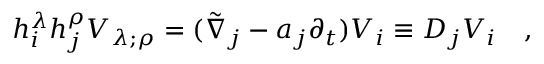
h _ { i } ^ { \lambda } h _ { j } ^ { \rho } V _ { \lambda ; \rho } = ( \tilde { \nabla } _ { j } - a _ { j } \partial _ { t } ) V _ { i } \equiv D _ { j } V _ { i } ~ ~ ~ ,